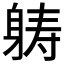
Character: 𮜶